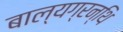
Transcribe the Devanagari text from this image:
बाल्यग्रन्थि